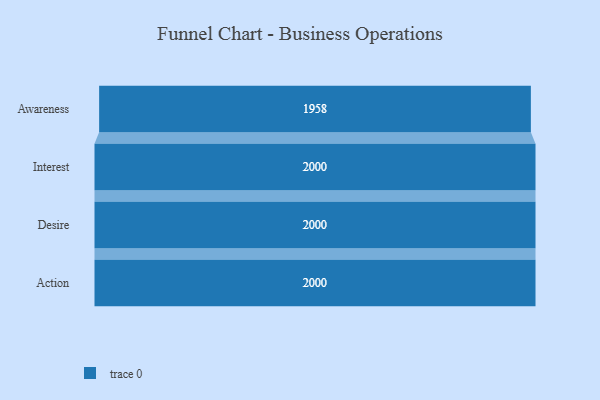
{"axis": {"x": "Stage", "y": "Value"}, "legend": [""], "data": [{"x": "Awareness", "y": 1958.0, "type": ""}, {"x": "Interest", "y": 2000, "type": ""}, {"x": "Desire", "y": 2000, "type": ""}, {"x": "Action", "y": 2000, "type": ""}]}